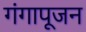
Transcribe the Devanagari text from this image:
गंगापूजन